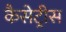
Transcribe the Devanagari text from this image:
कैसेट्रीस